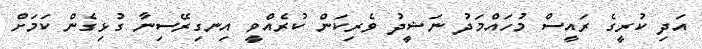
އަދި ކުރީގެ ރައީސް މުހައްމަދު ނަޝީދު ވެރިކަން ކުރެއްވީ އިނގިރޭސިނާ ގުޅިގެން ކަމަށް